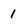
Character: 1